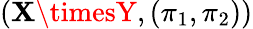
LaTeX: (\mathbf{X}\timesY,(\pi_{1},\pi_{2}))